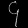
Digit: ၄